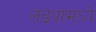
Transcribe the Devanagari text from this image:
लढ्यांमध्ये